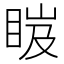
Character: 𥆹